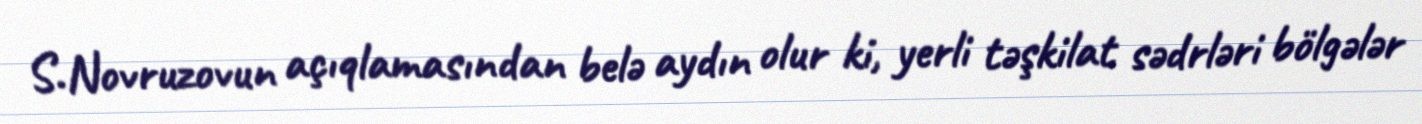
S.Novruzovun açıqlamasından belə aydın olur ki, yerli təşkilat sədrləri bölgələr